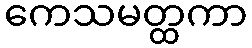
ကေသမတ္ထကာ